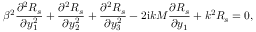
\beta ^ { 2 } \frac { \partial ^ { 2 } R _ { s } } { \partial y _ { 1 } ^ { 2 } } + \frac { \partial ^ { 2 } R _ { s } } { \partial y _ { 2 } ^ { 2 } } + \frac { \partial ^ { 2 } R _ { s } } { \partial y _ { 3 } ^ { 2 } } - 2 \mathrm { i } k M \frac { \partial R _ { s } } { \partial y _ { 1 } } + k ^ { 2 } R _ { s } = 0 ,